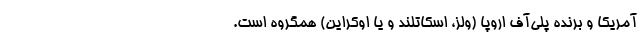
آمریکا و برنده پلی‌آف اروپا (ولز، اسکاتلند و یا اوکراین) همگروه است.